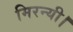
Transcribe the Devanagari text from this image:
मिरन्यी।